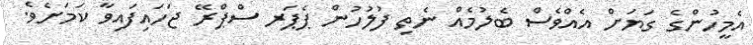
އެމީހުންގެ ގަޔަށް އެއްވެސް ބެލުމެއް ނެތި ފުލުހުން ޕެޕަރ ސްޕްރޭ ޖަހައިފައިވާ ކަމަށެވެ.